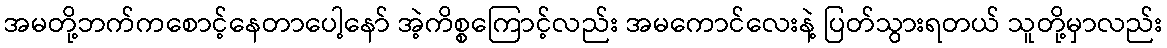
အမတို့ဘက်ကစောင့်နေတာပေါ့နော် အဲ့ကိစ္စကြောင့်လည်း အမကောင်လေးနဲ့ ပြတ်သွားရတယ် သူတို့မှာလည်း